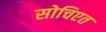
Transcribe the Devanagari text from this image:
सोचिएत